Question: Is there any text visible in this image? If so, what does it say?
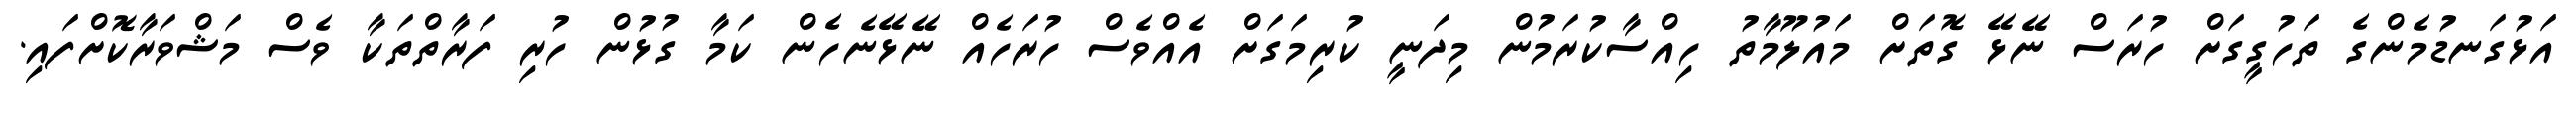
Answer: އަޅުގަނޑުމެންގެ ތަހުގީގަށް ހުރަސް ނޭޅޭ ގޮތަށް މައުލޫމާތު ހިއްސާކުރަމުން މިދަނީ ކުރިމަގަށް އެއްވެސް ހުރަހެއް ނޭޅޭނެހެން ކަމާ ގުޅުން ހުރި ފަރާތްތަކާ ވެސް މަޝްވަރާކޮށްފައި.